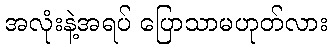
အလုံးနဲ့အရပ် ပြောသာမဟုတ်လား